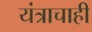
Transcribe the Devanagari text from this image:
यंत्राचाही